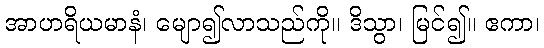
အာဟရိယမာနံ၊ မျော၍လာသည်ကို။ ဒိသွာ၊ မြင်၍။ ဧကာ၊